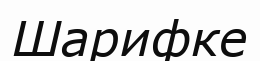
Шарифке